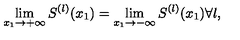
\lim _ { x _ { 1 } \rightarrow + \infty } S ^ { ( l ) } ( x _ { 1 } ) = \lim _ { x _ { 1 } \rightarrow - \infty } S ^ { ( l ) } ( x _ { 1 } ) \forall l ,